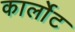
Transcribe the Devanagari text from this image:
कार्लोट